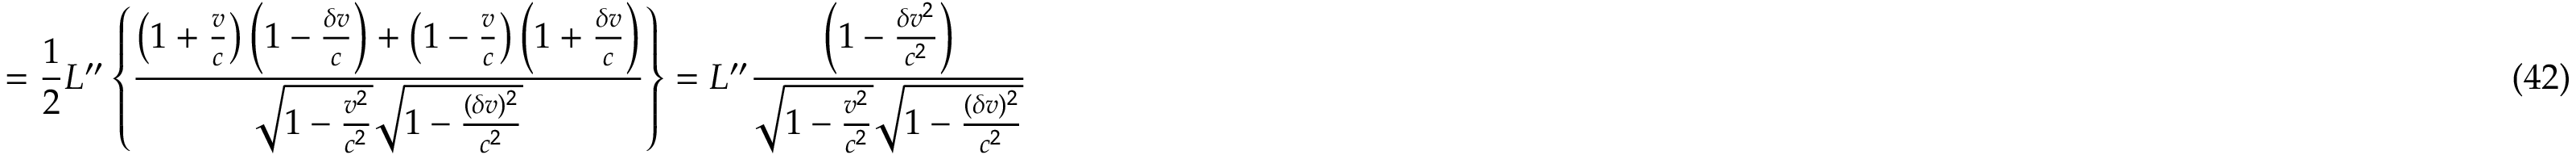
= { \frac { 1 } { 2 } } L ^ { \prime \prime } \left\{ \frac { \left( 1 + \frac { v } { c } \right) \left( 1 - \frac { \delta v } { c } \right) + \left( 1 - \frac { v } { c } \right) \left( 1 + \frac { \delta v } { c } \right) } { \sqrt { 1 - \frac { v ^ { 2 } } { c ^ { 2 } } } \sqrt { 1 - \frac { ( \delta v ) ^ { 2 } } { c ^ { 2 } } } } \right\} = L ^ { \prime \prime } \frac { \left( 1 - \frac { \delta v ^ { 2 } } { c ^ { 2 } } \right) } { \sqrt { 1 - \frac { v ^ { 2 } } { c ^ { 2 } } } \sqrt { 1 - \frac { ( \delta v ) ^ { 2 } } { c ^ { 2 } } } } \eqno ( 4 2 )